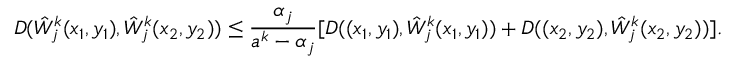
D ( \hat { W } _ { j } ^ { k } ( x _ { 1 } , y _ { 1 } ) , \hat { W } _ { j } ^ { k } ( x _ { 2 } , y _ { 2 } ) ) \le \frac { \alpha _ { j } } { a ^ { k } - \alpha _ { j } } [ D ( ( x _ { 1 } , y _ { 1 } ) , \hat { W } _ { j } ^ { k } ( x _ { 1 } , y _ { 1 } ) ) + D ( ( x _ { 2 } , y _ { 2 } ) , \hat { W } _ { j } ^ { k } ( x _ { 2 } , y _ { 2 } ) ) ] .